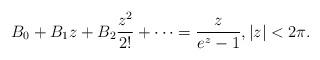
LaTeX: \begin{align*}B_0+B_{1}z + B_{2}\frac{z^{2}}{2!}+\cdots =\frac{z}{e^{z}-1},|z|<2\pi.\end{align*}